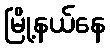
မြို့နယ်နေ